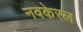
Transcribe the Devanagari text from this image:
नवकेरल